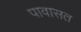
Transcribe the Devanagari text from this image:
पावासत